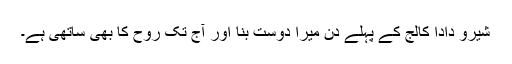
شیرو دادا کالج کے پہلے دن میرا دوست بنا اور آج تک روح کا بھی ساتھی ہے۔